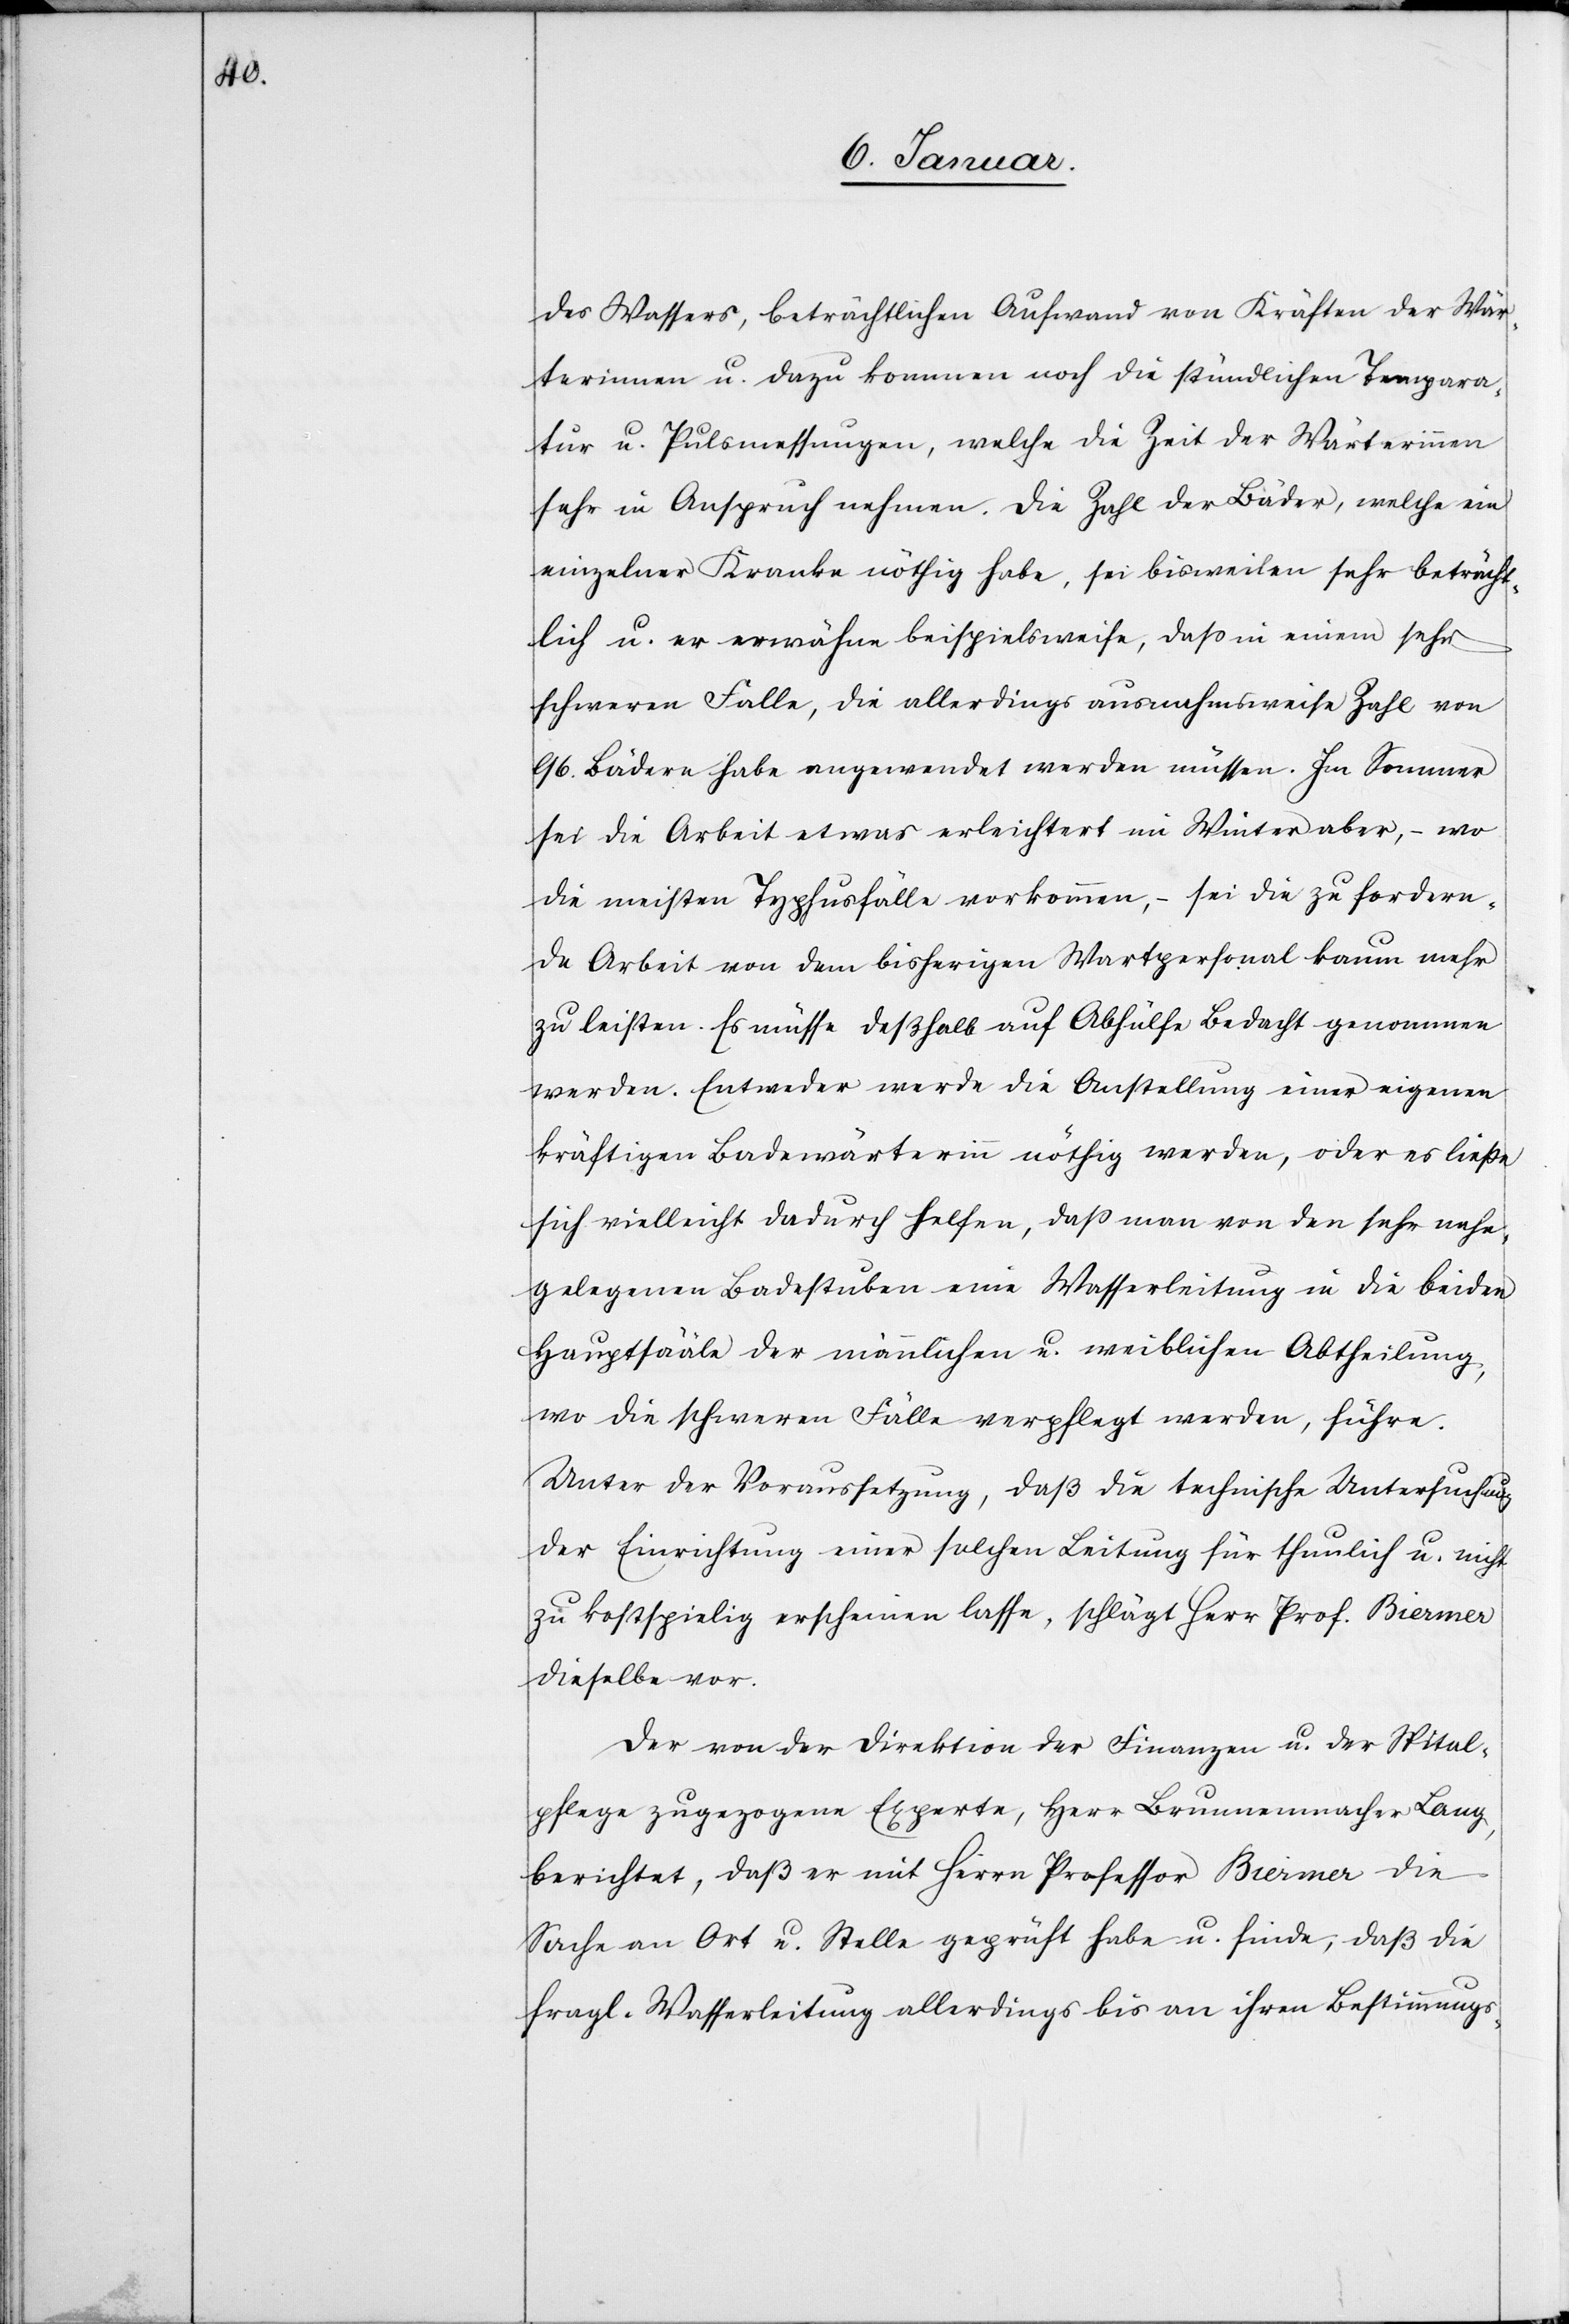
Wassers, beträchtlichen Aufwand von Kräften der Wär¬
terinnen u. dazu kommen noch die stündlichen Tempara¬
tur[-] u. Pulsmessungen, welche die Zeit der Wärterinnen
sehr in Anspruch nehmen. Die Zahl der Bäder, welche ein
einzelner Kranke[r] nöthig habe, sei bisweilen sehr beträcht¬
lich u. er erwähne beispielsweise, daß in einem sehr
schweren Falle, die allerdings ausnahmsweise Zahl von
96. Bädern habe angewendet werden müssen. Im Sommer
sei die Arbeit etwas erleichtert[,] im Winter aber, – wo
die meisten Typhusfälle vorkommen, – sie die zu fordern¬
de Arbeit von dem bisherigen Wartpersonal kaum mehr
zu leisten. Es müsse deßhalb auf Abhülfe Bedacht genommen
werden. Entweder werde die Anstellung einer eigenen
kräftigen Badewärterin nöthig werden, oder es ließe
sich vielleicht dadurch helfen, daß man von den sehr nahe
gelegenen Badestuben eine Wasserleitung in die beiden
Hauptsääle der männlichen u. weiblichen Abtheilung,
wo die schweren Fälle verpflegt werden, führe.
Unter der Voraussetzung, daß die technische Untersuchung
der Einrichtung einer solchen Leitung für thunlich u. nicht
zu kostspielig erscheinen lasse, schlägt Herr Prof. Biermer
dieselbe vor.
Der von der Direktion der Finanzen u. der Spital¬
pflege zugezogene Experte, Herr Brunnenmacher Lang
berichtet, daß er mit Herrn Professor Biermer die
Sache an Ort u. Stelle geprüft habe u. finde, daß die
fragl. Wasserleitung allerdings bis an ihren Bestimmungs-